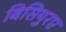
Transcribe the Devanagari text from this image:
बिसियुरए